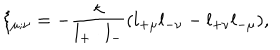
LaTeX: \xi _ { \mu ; \nu } = - \frac { \kappa } { l _ { + } \cdot l _ { - } } ( l _ { + \mu } l _ { - \nu } - l _ { + \nu } l _ { - \mu } ) ,